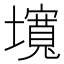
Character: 𡒵